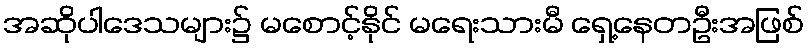
အဆိုပါဒေသများ၌ မစောင့်နိုင် မရေးသားမီ ရှေ့နေတဦးအဖြစ်